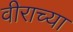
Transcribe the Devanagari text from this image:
वीराच्या